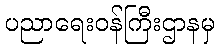
ပညာရေးဝန်ကြီးဌာနမှ